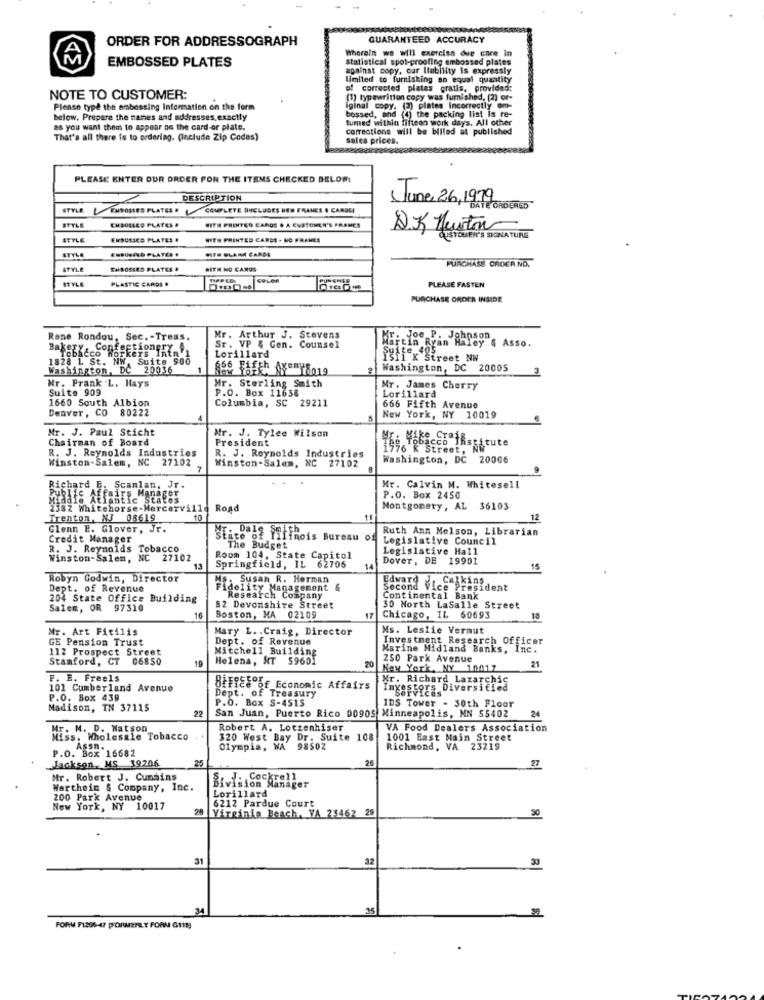
ORDER FOR ADDRESSOGRAPH
GUARANTEED ACCURACY
Wherein we will exercise due care in
EMBOSSED PLATES
statistical spot-proofing embossed plates
embossed plates
apainst copy, car Ilability is expressly
limited to furnisking an equal quantity
of corrected plates gratis, provided:
NOTE TO CUSTOMER:
(1) typewritten copy was furnished, [2) or-
Please type the embossing Information on the form
Iginal copy, (3) plates Incorrectly om-
below, Prepare the names and addresses.exactly
bossed, and (4) the packing list is re-
as you want them to appear on the card-or plate.
corrections will be billed at published
turned within fifteen work days. All other
That's all there is to ordering. (Include Zip Codes)
sales prices.
PLEASE ENTER OUR ORDER FOR THE ITEMS CHECKED DELOM
DESCRIPTION
June 26, 1979
STYLE
ERTOSSED PLATES·
COMPLETE HINCLUDES HEW FRAMES & CARDSI
STYLE
CHOOSEED PLATES &
WITH PRENITED CAROS . A CUSTOMER'S FRAMES
-
STYLE
ENDORSES PLATES .
WITH PRINTED CANDE . NO FRAMES
SES SIGNATURE
STYLE
ENSONIND PLATES .
WITH OLANM CARDE
PURCHASE ORDER NO.
STYLE
EMBOSSED PLATES .
WITH NO CAROS
STYLE
PLASTIC CARDS .
RIPPLE
COLOR
PUNCHED
PLEASE FASTEN
PURCHASE ORDER INSIDE
Rene Rondou, Sec. - Treas.
Mr. Arthur J. Stevens
Mr.
Lorillard
Sr. VP & Gen. Counsel
Suite 4
Martin Ryan Haley & Asso.
: 405
1828 1 St. NW. Suite 900
isfi K Street Nw
Washington, DC 20036
2
Washington, DC 20005
Mr. Frank L. Hays
Suite 909
Mr. Sterling Smith
P.O. Box 11638
Mr. James Cherry
1660 South Albion
Columbia, SC 29211
Lorillard
Denver, CO 80222
666 Fifth Avenue
New York, NY 10019
Mr. J. Paul Sticht
Chairman of Board
Mr. J. Tylee Wilson
President
R. J. Reynolds Industries
The Tobacco Institute
1776 K Street, NW
Winston-Salem, NC 27102
Winston-Salem, NC 27102
R. J. Reynolds Industries
Washington, DC 20006
7
Rig
Richard E. Scanlan, Jr.
Mr. Calvin M. Whitesell
Staats Atlantic"
irs Manager
tate's
P.O. Box 2450
238Z Whitehorse-Mercerville Road
Road
Montgomery, AL 36103
Trenton, NJ 08619
10
11
12
Glenn E. Glover, Jr.
Ruth Ann Melson, Librarian
Credit Manager
MT: 0RUE Yilinois Bureau of
Legislative Council
R. J. Reynolds Tobacco
The Budget
Legislative Hall
Winston-Salem, NC 27102
Room 104, State Capitol
Springfield, IL 62706
Dover, DE 19901
13
14
15
Robyn Godwin, Director
Edward
Calkins
Dept. of Revenue
S: Susan R. Herman &
delity Management
Second
Vice President
204 State Office Building
lesearch
Company
Continental Bank
Salem, OR 97310
82 Devonshire Street
17
30 North LaSalle Street
16
Boston, MA 02109
Chicago, IL 60693
Mr. Art Ficilis
Mary L. . Craig, Director
Ms. Leslie Vermut
GE Pension Trust
Dept. of Revenue
Investment Research Officer
112 Prospect Street
Mitchell Building
Marine Midland Banks, Inc.
Stanford, CT 06850
Helena, MT 59601
20
250 Park Avenue
New York, NY 10017
21
F. E. Freels
Mr. Richard Lazarchic
101 Cumberland Avenue
BEFicsºof Economic Affairs
Servies Diversified
P.O. Box 439
P.O. Box S-4515
Dept. of Treasury
IDS Tower - 30th Floor
Madison, TN 37115
22
San Juan, Puerto Rico 00905 Minneapolis, MN 55402
24
. M. D. Watson
Robert A. Lotzenhiser
VA Food Dealers Association
Miss. Wholesale Tobacco
320 West Bay Dr. Suite 108
1001 East Main Street
P.O. Box 16682
Olympia, WA 98502
Richmond, VA 23219
Jackson,MS 39206
25
26
27
Mr. Robert J. Cummins
Wertheim & Company, Inc.
Lorillard
Sion Manager
200 Park Avenue
6212 Pardue Court
New York, NY 10017
Virginia Beach, VA 23462 29
50
31
32
34
35
FORM F1256-47 PORMERELY FORM G1193